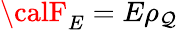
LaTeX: {\calF}_{E}=E\rho_{\mathcal{Q}}